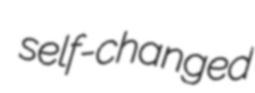
self-changed